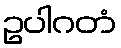
ဥပါဂတံ